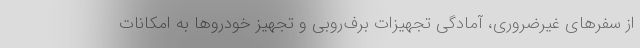
از سفرهای غیرضروری، آمادگی تجهیزات برف‌روبی و تجهیز خودروها به امکانات